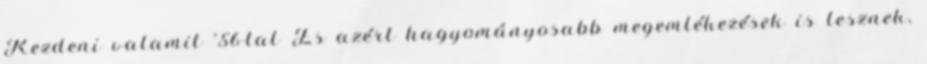
Kezdeni valamit '56-tal És azért hagyományosabb megemlékezések is lesznek,